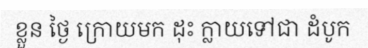
ខ្លួន ថ្ងៃ ក្រោយមក ដុះ ក្លាយទៅជា ដំបូក